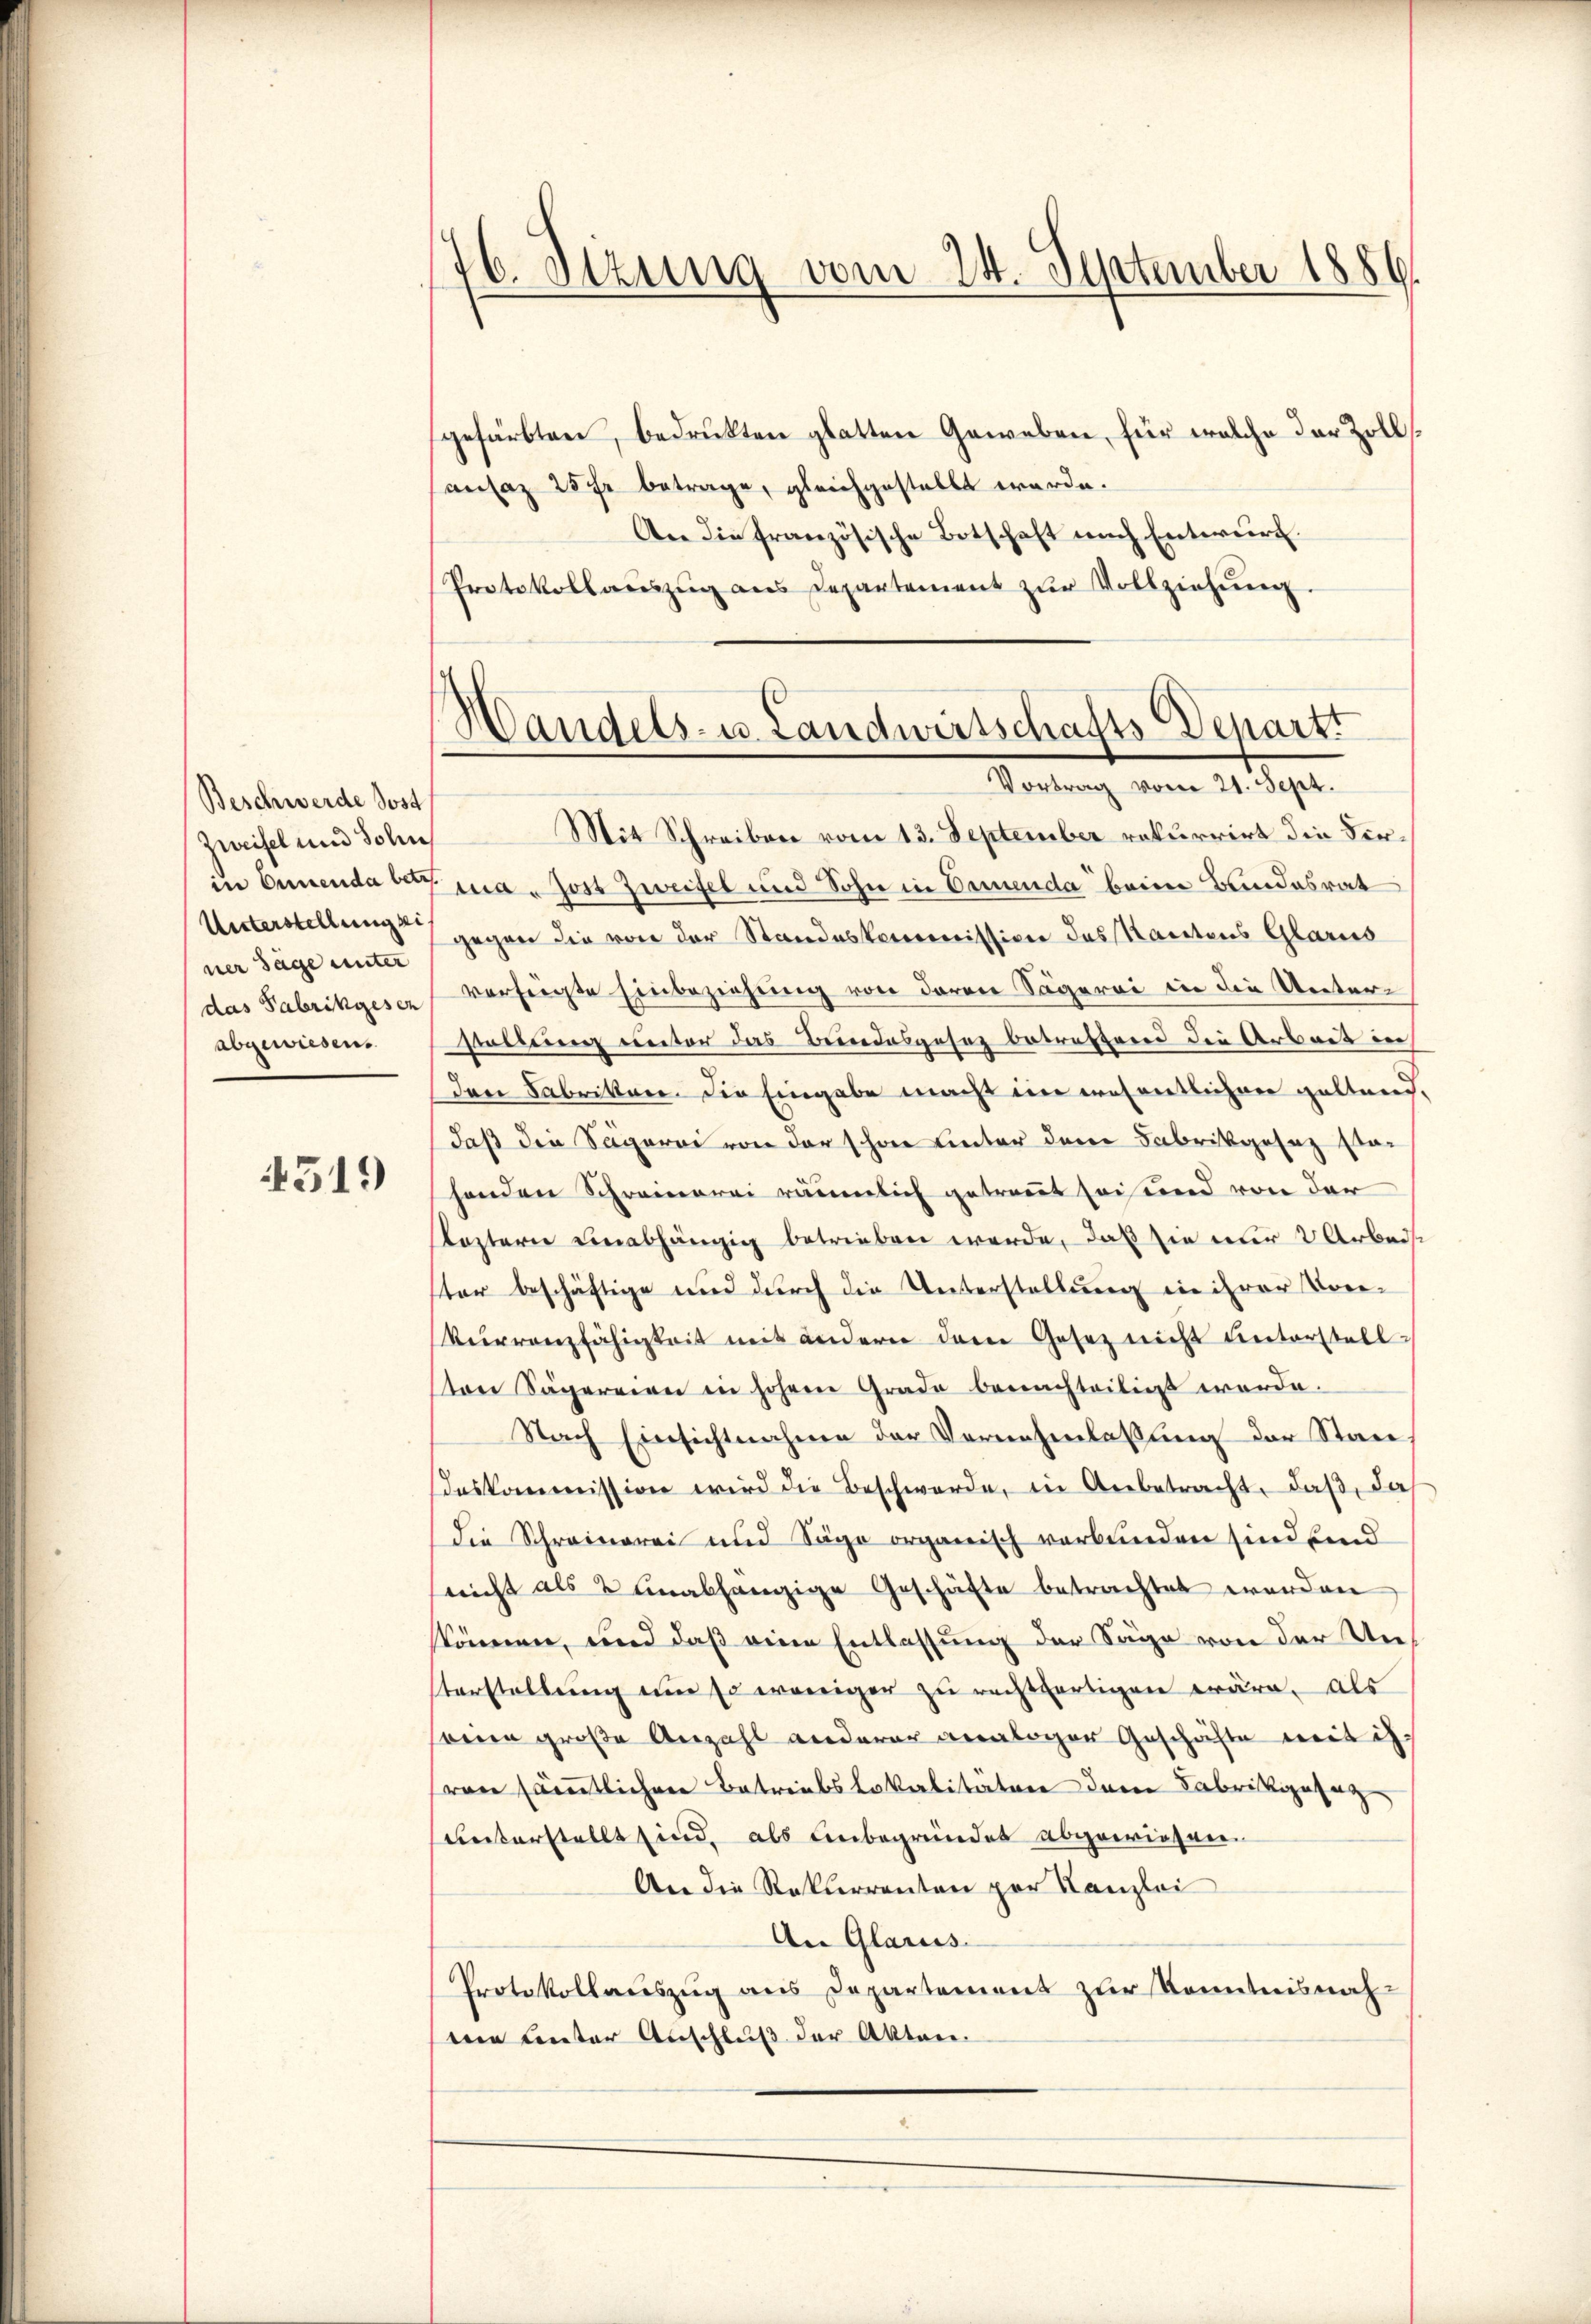
Beschwerde Jost
Zweifel und Sohn
ner Säge unter
abgewiesen.

4519

gefärbten, bedrükten glatten Geweben, für welche der Zollansaz 25 fr betrage, gleichgestellt werde.
An die französische Botschaft nach Entwurf.
Protokollaŭszŭg ans Departement zŭr Vollziehŭng.

76. Stzung vom 24. September 1886.

Handels- u. Landwirtschafts-Departs
Vortrag vom 21. Sept.

Mit Schreiben vom 13. September rekurrirt die Firin Ernenda bei ma. Jost Zweifel und Sohn in Emmenda beim Bundesrat
Unterstellung gegen die von der Standeskommission des Kantons Glarus
das Fabrikgeser verzeigte Einbeziehung von deren Sägerei in die Unter-
sellein Rector das Beendesgesetz betreffend die Arbeit in
den Fabrikon, die Eingabe macht im wesentlichen Haltend,
daß die Sägerei von der schon unter der Fabrikgesez stahenden Schreinerei räumlich getraut sei und von der
Keztern einabhängig betrieben werde, daß sie nur 2 Arbeist
ster beschäftige und durch die Unterstellung in ihrer Vore¬
Kurrenzfähigkeit mit andern dem Gesetz nicht Unterstell
ten Sägereien in hohen Grade benachteiligt werde.
Nach Einsichtnahme der Vernehmlassung der Staa
deskommission wird die Beschwerde, in Anbetracht, daß, das
die Schreinerei und Säge organisch verbunden sind sind
snicht als 2 unabhängige Geschäfte betrachtet werden
kkönnen, und daß eine Entlassung der Säge von der Unsterstellung eine so weniger zu rechtfertigen wäre, als
eine große Anzahl anderer analoger Geschäfte mit ih-
(von sämtlichen Betriebslokalitäten dem Fabrikgesag
unterstellt sind, als unbegründet abgewiesen.
An die Rekurrenten per Kanzlei
An Glarus
Protokollauszug aus Departement zur Kenntnisnah
eie unter Anschluß der Akten.